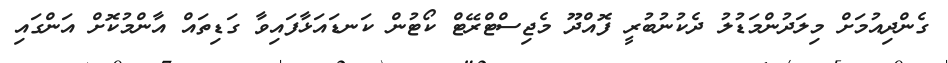
ގެންދިއުމަށް މިލަދުންމަޑުލު ދެކުނުބުރީ ފޮއްދޫ މެޖިސްޓްރޭޓް ކޯޓުން ކަނޑައަޅާފައިވާ ގަޑިތައް އާންމުކޮށް އަންގައި